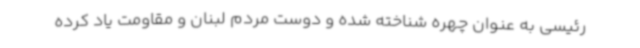
رئیسی به عنوان چهره شناخته شده و دوست مردم لبنان و مقاومت یاد کرده